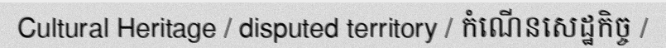
Cultural Heritage / disputed territory / កំណើនសេដ្ឋកិច្ច /